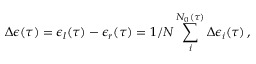
\Delta \epsilon ( \tau ) = \epsilon _ { l } ( \tau ) - \epsilon _ { r } ( \tau ) = 1 / N \sum _ { i } ^ { N _ { 0 } ( \tau ) } \Delta \epsilon _ { i } ( \tau ) \, ,